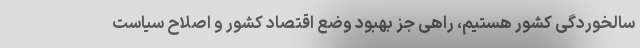
سالخوردگی کشور هستیم، راهی جز بهبود وضع اقتصاد کشور و اصلاح سیاست